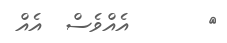
٤       އެއްވެސް  އެއް